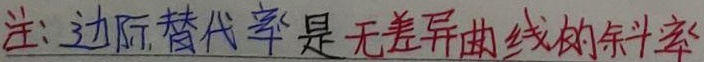
注: 边际替代率是无差异曲线的斜率